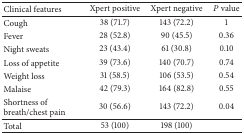
| Clinical features | Xpert positive | Xpert negative | P value |
 | --- | --- | --- | --- |
 | Cough | 38 (71.7) | 143 (72.2) | 1 |
 | Fever | 28 (52.8) | 90 (45.5) | 0.36 |
 | Night sweats | 23 (43.4) | 61 (30.8) | 0.10 |
 | Loss of appetite | 39 (73.6) | 140 (70.7) | 0.74 |
 | Weight loss | 31 (58.5) | 106 (53.5) | 0.54 |
 | Malaise | 42 (79.3) | 164 (82.8) | 0.55 |
 | Shortness of breath/chest pain | 30 (56.6) | 143 (72.2) | 0.04 |
 | Total | 53 (100) | 198 (100) |  |